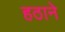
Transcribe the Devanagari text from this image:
हठाने